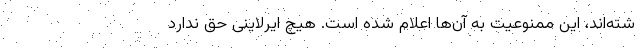
شته‌اند، این ممنوعیت به آن‌ها اعلام شده است. هیچ ایرلاینی حق ندارد